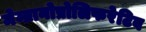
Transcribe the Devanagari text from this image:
मेम्ब्रानोप्रोलिफरेटिव